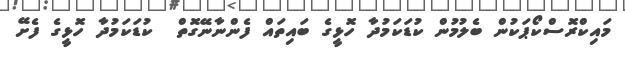
މައިކްރޮސްކޯޕަކުން ބެލުމުން ކުޑަކަމުދާ ހޮޅީގެ ބައިތައް ފެންނާނޭގޮތް  ކުޑަކަމުދާ ހޮޅީގެ ފެށޭ